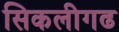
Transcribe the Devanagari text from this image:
सिकलीगढ